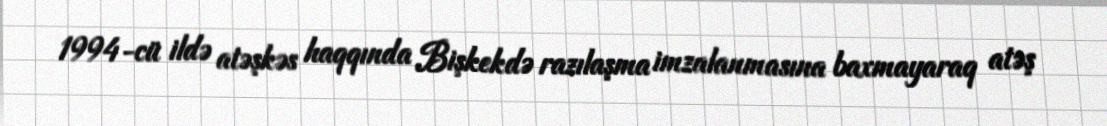
1994-cü ildə atəşkəs haqqında Bişkekdə razılaşma imzalanmasına baxmayaraq atəş